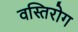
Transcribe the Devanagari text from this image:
वस्तिरोग